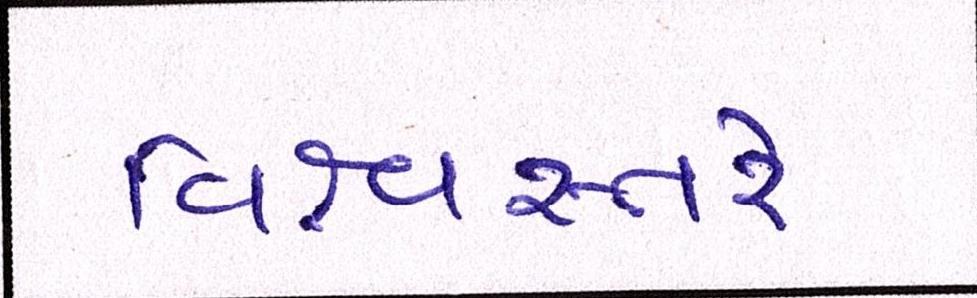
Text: વિશ્વસ્તરે